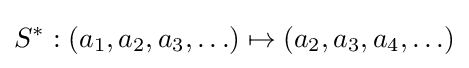
S^{*}:(a_{1},a_{2},a_{3},\ldots )\mapsto (a_{2},a_{3},a_{4},\ldots )